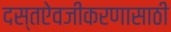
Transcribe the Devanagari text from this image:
दस्तऐवजीकरणासाठी